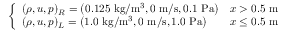
\left\{ \begin{array} { l l } { ( \rho , u , p ) _ { R } = \left( 0 . 1 2 5 \mathrm { ~ k g } / \mathrm { m } ^ { 3 } , 0 \mathrm { ~ m } / \mathrm { s } , 0 . 1 \mathrm { ~ P a } \right) } & { x > 0 . 5 \mathrm { ~ m } } \\ { ( \rho , u , p ) _ { L } = \left( 1 . 0 \mathrm { ~ k g } / \mathrm { m } ^ { 3 } , 0 \mathrm { ~ m } / \mathrm { s } , 1 . 0 \mathrm { ~ P a } \right) } & { x \leq 0 . 5 \mathrm { ~ m } } \end{array} \right.